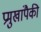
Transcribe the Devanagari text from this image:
प्रमुखांपैकी